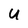
Character: U